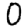
Digit: 0